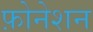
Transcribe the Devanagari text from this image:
फ़ोनेशन